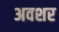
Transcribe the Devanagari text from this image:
अवशर